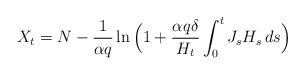
LaTeX: \begin{align*}X_t=N-\frac{1}{\alpha q}\ln\Big(1+\frac{\alpha q\delta}{H_t} \int_0^tJ_sH_s\,ds\Big)\end{align*}